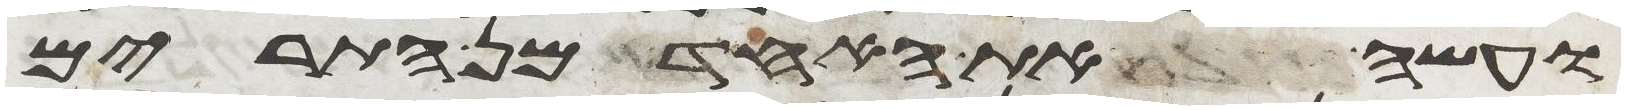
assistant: ועשה את האחד מן התרים